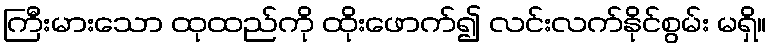
ကြီးမားသော ထုထည်ကို ထိုးဖောက်၍ လင်းလက်နိုင်စွမ်း မရှိ။